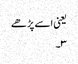
یعنی اسے پڑھے
۳۔